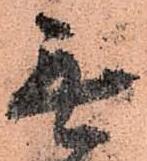
無